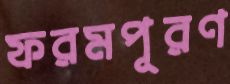
ফরমপূরণ